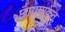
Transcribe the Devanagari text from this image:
छायायुक्त